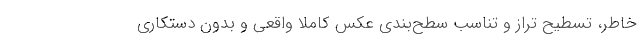
خاطر، تسطیح تراز و تناسب سطح‌بندی عکس کاملاً واقعی و بدون دستکاری